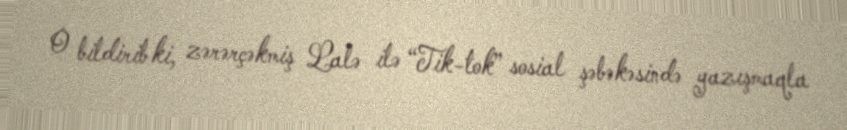
O bildirib ki, zərərçəkmiş Lalə ilə “Tik-tok” sosial şəbəkəsində yazışmaqla